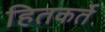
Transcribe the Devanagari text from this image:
हितकर्ते